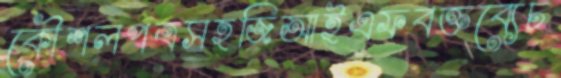
কৌশলপত্রসহজিআইএফবক্তব্যেচ